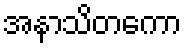
အနာသိတကော